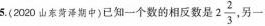
5.(2020 山东菏泽期中)已知一个数的相反数是 2 \frac{2}{3} ，另一